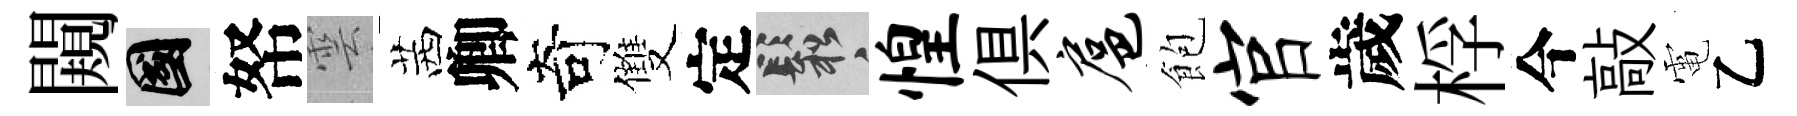
闚國帑雲茜卿奇雙定鬆惶俱扈飽官歲桴今敲電乙